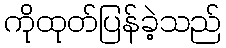
ကိုထုတ်ပြန်ခဲ့သည်